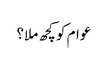
عوام کو کچھ ملا؟